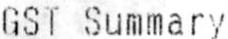
GST SUMMARY